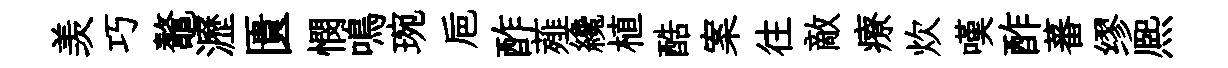
羡巧鼇瀝匱憫鳴琬巵酢薤纔植酷案往敵療炊嘆酢蕃缪熈